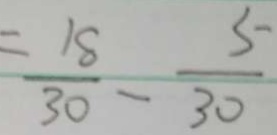
= \frac { 1 8 } { 3 0 } - \frac { 5 } { 3 0 }